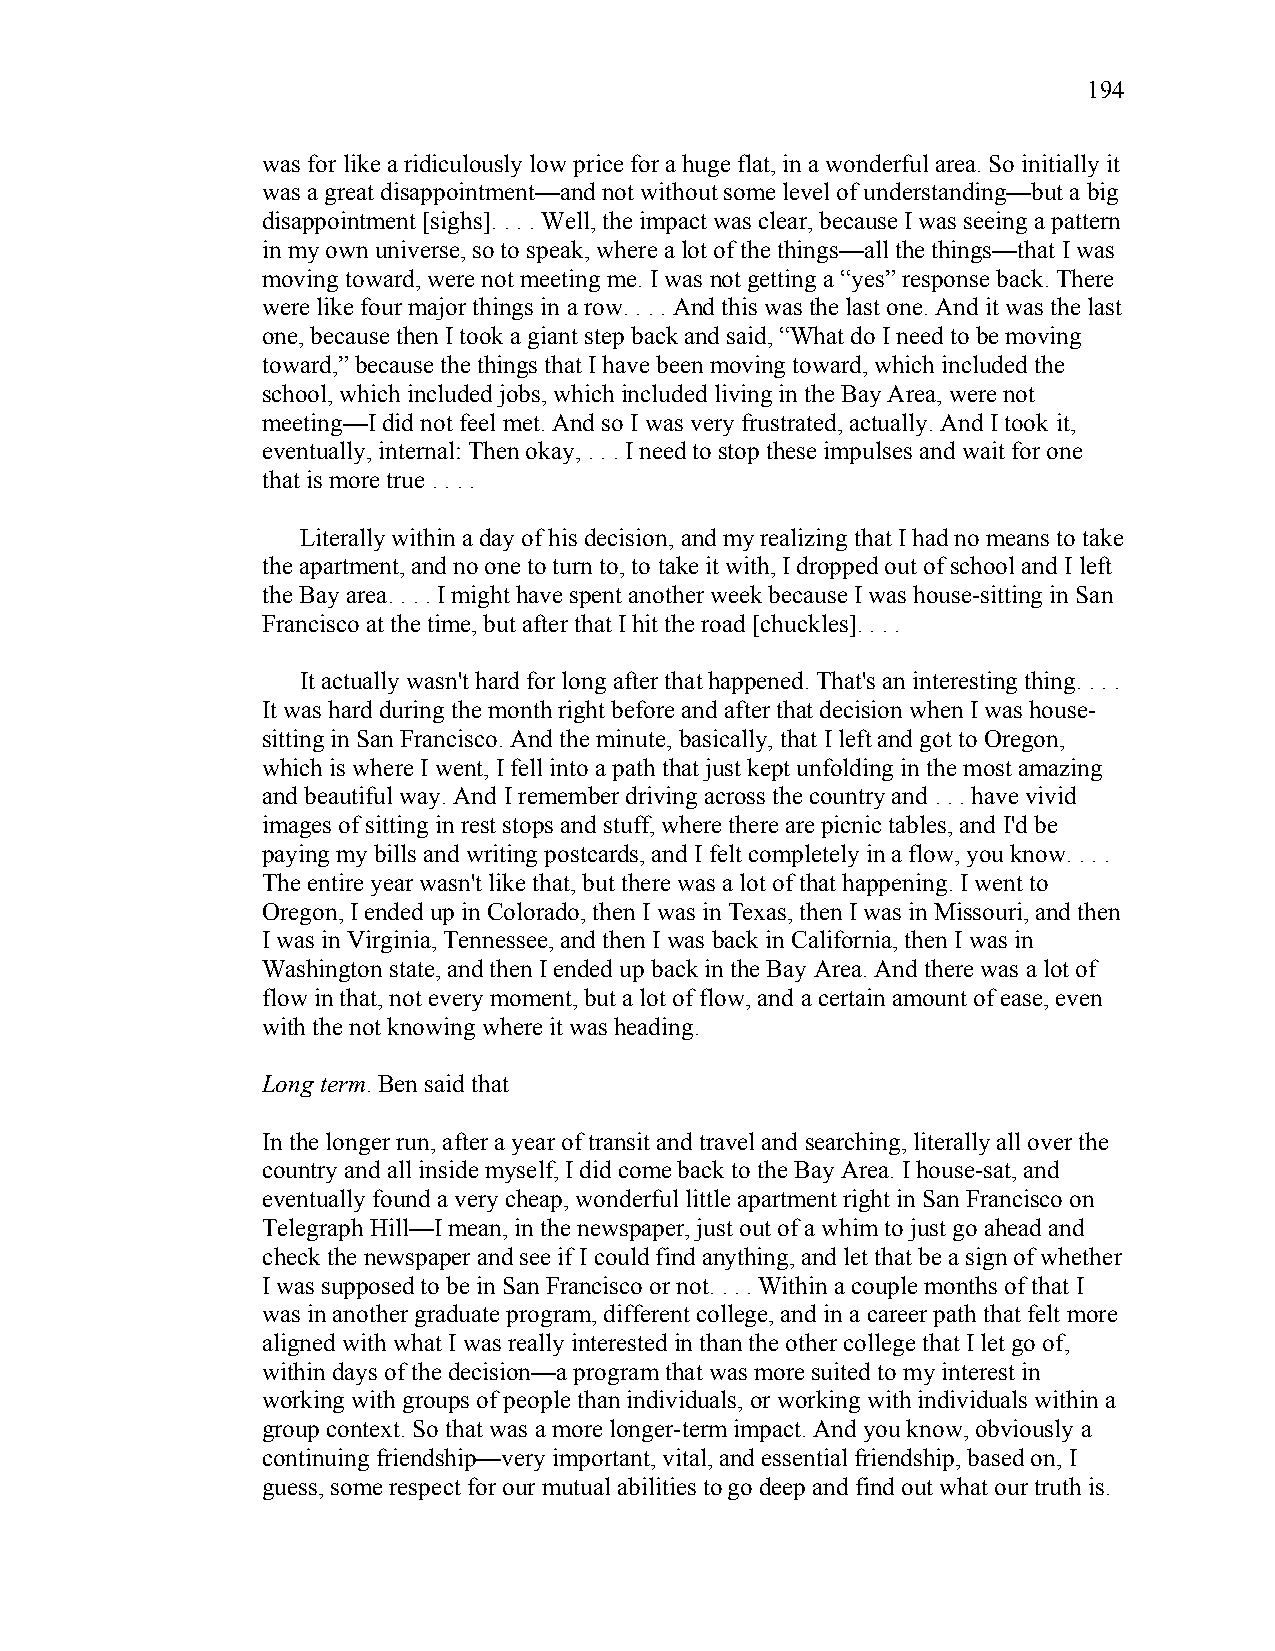
194
 was for like a ridiculously low price for a huge flat, in a wonderful area. So initially it
 was a great disappointment—and not without some level of understanding—but a big
 disappointment [sighs]. . . . Well, the impact was clear, because I was seeing a pattern
 in my own universe, so to speak, where a lot of the things—all the things—that I was
 moving toward, were not meeting me. I was not getting a “yes” response back. There
 were like four major things in a row. . . . And this was the last one. And it was the last
 one, because then I took a giant step back and said, “What do I need to be moving
 toward,” because the things that I have been moving toward, which included the
 school, which included jobs, which included living in the Bay Area, were not
 meeting—I did not feel met. And so I was very frustrated, actually. And I took it,
 eventually, internal: Then okay, . . . I need to stop these impulses and wait for one
 that is more true . . . .
 Literally within a day of his decision, and my realizing that I had no means to take
 the apartment, and no one to turn to, to take it with, I dropped out of school and I left
 the Bay area. . . . I might have spent another week because I was house-sitting in San
 Francisco at the time, but after that I hit the road [chuckles]. . . .
 It actually wasn't hard for long after that happened. That's an interesting thing. . . .
 It was hard during the month right before and after that decision when I was house-
 sitting in San Francisco. And the minute, basically, that I left and got to Oregon,
 which is where I went, I fell into a path that just kept unfolding in the most amazing
 and beautiful way. And I remember driving across the country and . . . have vivid
 images of sitting in rest stops and stuff, where there are picnic tables, and I'd be
 paying my bills and writing postcards, and I felt completely in a flow, you know. . . .
 The entire year wasn't like that, but there was a lot of that happening. I went to
 Oregon, I ended up in Colorado, then I was in Texas, then I was in Missouri, and then
 I was in Virginia, Tennessee, and then I was back in California, then I was in
 Washington state, and then I ended up back in the Bay Area. And there was a lot of
 flow in that, not every moment, but a lot of flow, and a certain amount of ease, even
 with the not knowing where it was heading.
 Long term. Ben said that
 In the longer run, after a year of transit and travel and searching, literally all over the
 country and all inside myself, I did come back to the Bay Area. I house-sat, and
 eventually found a very cheap, wonderful little apartment right in San Francisco on
 Telegraph Hill—I mean, in the newspaper, just out of a whim to just go ahead and
 check the newspaper and see if I could find anything, and let that be a sign of whether
 I was supposed to be in San Francisco or not. . . . Within a couple months of that I
 was in another graduate program, different college, and in a career path that felt more
 aligned with what I was really interested in than the other college that I let go of,
 within days of the decision—a program that was more suited to my interest in
 working with groups of people than individuals, or working with individuals within a
 group context. So that was a more longer-term impact. And you know, obviously a
 continuing friendship—very important, vital, and essential friendship, based on, I
 guess, some respect for our mutual abilities to go deep and find out what our truth is.